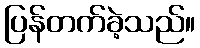
ပြန်တက်ခဲ့သည်။